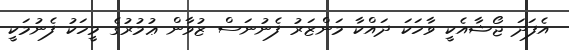
އެފަދަ ޖޯޝާއެކީ ވާހަކަ ދައްކާ މަންޒަރު ފެނުނަސް ޒުވާން ޢުމުރުގެ މީހަކު ފެނުމަކީ